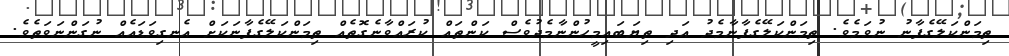
ތިމަންކަލޭގެފާނު ނުވަމެވެ. ތިމަންކަލޭގެފާނާމެދު އަދި ތިޔަބައިމީހުންނާމެދުވެސް ކަންތައް ކުރައްވާނެގޮތެއް ތިމަންކަލޭގެފާނަކަށް އެނގިވަޑައެއް ނުގަންނަވަތެވެ.